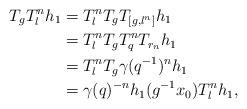
LaTeX: \begin{align*} T_gT_l^nh_1 &= T_l^nT_g T_{[g, l^n]}h_1 \\ &= T_l^n T_g T_q^n T_{r_n}h_1 \\ &= T_l^n T_g \gamma(q^{-1})^n h_1 \\ &= \gamma(q)^{-n} h_1(g^{-1}x_0) T_l^n h_1,\end{align*}